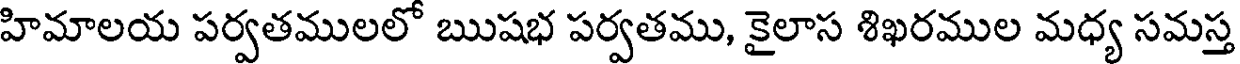
హిమాలయ పర్వతములలో ఋషభ పర్వతము, కైలాస శిఖరముల మధ్య సమస్త